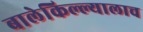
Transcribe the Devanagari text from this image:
बालेकिल्ल्यालाच